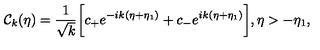
{ \cal C } _ { k } ( \eta ) = \frac { 1 } { \sqrt { k } } \biggl [ c _ { + } e ^ { - i k ( \eta + \eta _ { 1 } ) } + c _ { - } e ^ { i k ( \eta + \eta _ { 1 } ) } \biggr ] , \eta > - \eta _ { 1 } ,